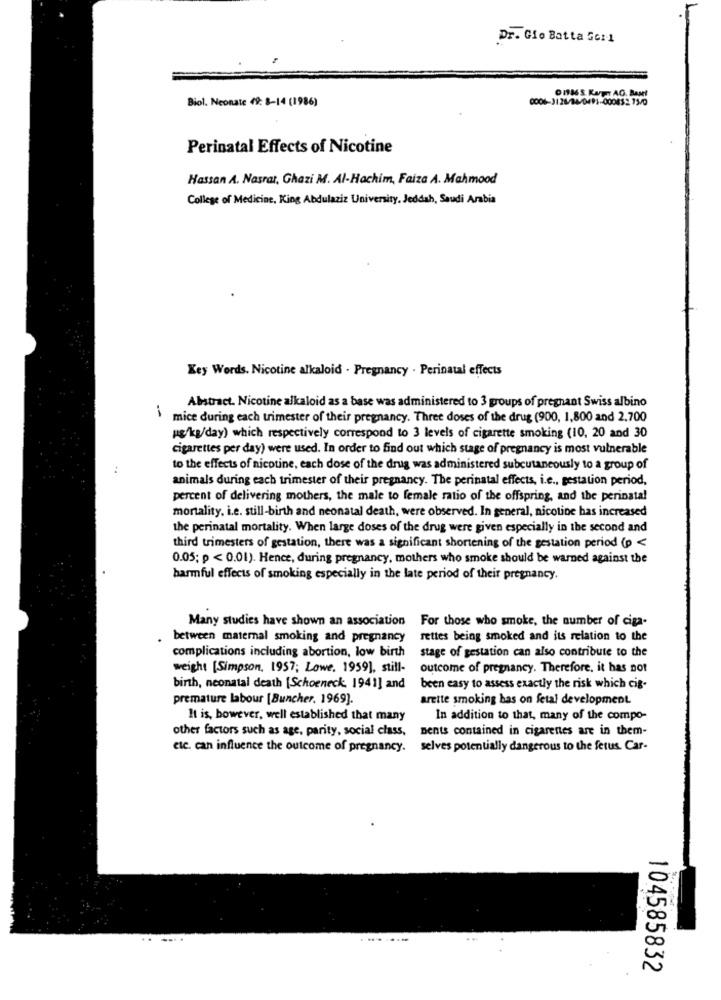
Dr. Gio Batta 56:1
Biol. Neonate 49: 8-14 (1986)
DITIS. KUFT AO. Baut
Perinatal Effects of Nicotine
Hassan A. Nasrat, Ghazi M. Al-Hachim, Faiza A. Mahmood
College of Medicine, King Abdulaziz University. Jeddah, Saudi Arabia
Key Words. Nicotine alkaloid . Pregnancy . Perinatal effects
Abstract. Nicotine alkaloid as a base was administered to 3 groups of pregnant Swiss albino
-
mice during each trimester of their pregnancy. Three doses of the drug (900, 1,800 and 2.700
ug/kg/day) which respectively correspond to 3 levels of cigarette smoking (10, 20 and 30
cigarettes per day) were used. In order to find out which stage of pregnancy is most vulnerable
:
to the effects of nicotine, each dose of the drug was administered subcutaneously to a group of
animals during each trimester of their pregnancy. The perinatal effects, i.e ., gestation period,
percent of delivering mothers, the male to female ratio of the offspring, and the perinatal
mortality, i.e. still-birth and neonatal death, were observed. In general, nicotine has increased
the perinatal mortality. When large doses of the drug were given especially in the second and
third trimesters of gestation, there was a significant shortening of the gestation period (p <
0.05; p < 0.01). Hence, during pregnancy, mothers who smoke should be warned against the
harmful effects of smoking especially in the late period of their pregnancy.
Many studies have shown an association
For those who smoke, the number of ciga-
between maternal smoking and pregnancy
rettes being smoked and its relation to the
complications including abortion, low birth
stage of gestation can also contribute to the
weight [Simpson, 1957; Lowe, 1959], still-
outcome of pregnancy. Therefore, it has not
birth, neonatal death [Schoeneck 1941] and
been easy to assess exactly the risk which cig-
premature labour [Buncher, 1969].
arette smoking has on fetal development.
It is, bowever, well established that many
In addition to that, many of the compo-
other factors such as age, parity, social class,
ments contained in cigarentes are in them-
etc. can influence the outcome of pregnancy.
selves potentially dangerous to the fetus. Car-
. ..
104585832